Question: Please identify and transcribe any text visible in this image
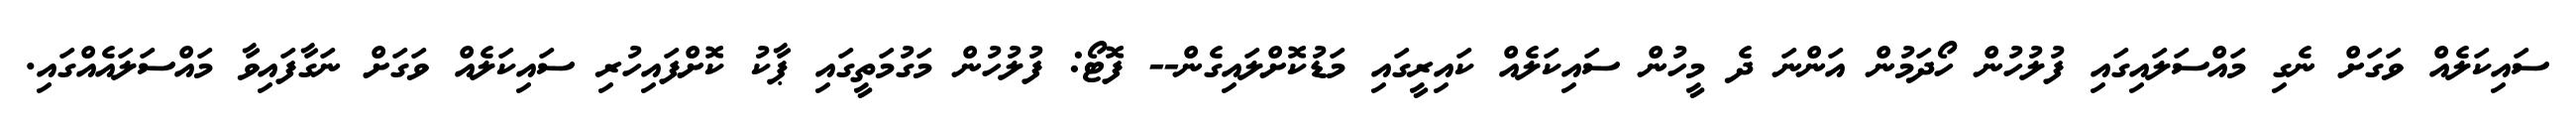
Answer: ސައިކަލެއް ވަގަށް ނެގި މައްސަލައިގައި ފުލުހުން ހޯދަމުން އަންނަ ދެ މީހުން ސައިކަލެއް ކައިރީގައި މަޑުކޮށްލައިގެން-- ފޮޓޯ: ފުލުހުން މަގުމަތީގައި ޕާކު ކޮށްފައިހުރި ސައިކަލެއް ވަގަށް ނަގާފައިވާ މައްސަލައެއްގައި.